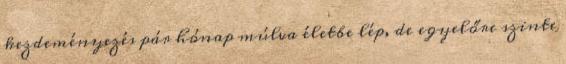
kezdeményezés pár hónap múlva életbe lép, de egyelőre szinte